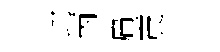
邛丙扁震